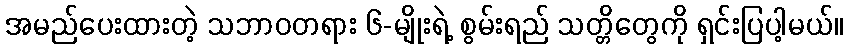
အမည်ပေးထားတဲ့ သဘာဝတရား ၆-မျိုးရဲ့ စွမ်းရည် သတ္တိတွေကို ရှင်းပြပါ့မယ်။